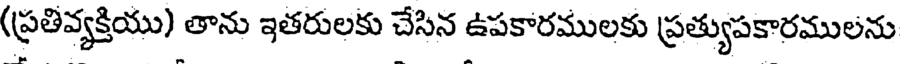
(ప్రతివ్యక్తియు) తాను ఇతరులకు చేసిన ఉపకారములకు ప్రత్యుపకారములను